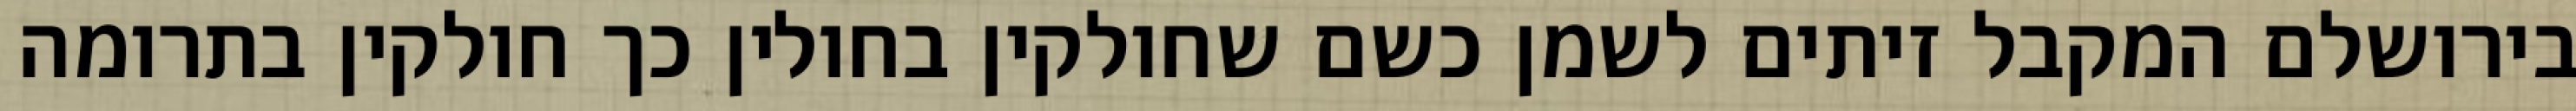
בירושלם המקבל זיתים לשמן כשם שחולקין בחולין כך חולקין בתרומה